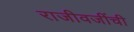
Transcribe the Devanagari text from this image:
राजीवजींची